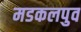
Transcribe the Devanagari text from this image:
मडकलपुव